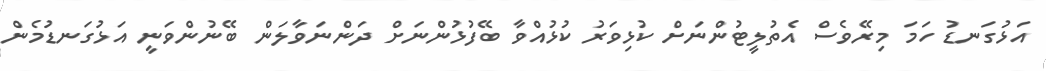
އަޅުގަނޑު ހަމަ މިރޭވެސް އެތުލީޓުންނަށް ކުޅިވަރު ކުޅުއްވާ ބޭފުޅުންނަށް ދަންނަވާލަން ބޭނުންވަނީ އަޅުގަނޑުމެން